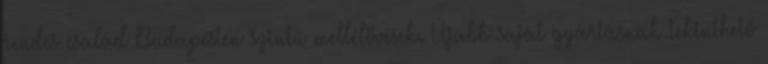
rendes család Budapesten szintű mellélövések. Újabb saját gyártásnak tekinthető